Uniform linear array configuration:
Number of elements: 4
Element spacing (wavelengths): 0.5
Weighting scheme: exponential
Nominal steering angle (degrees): -15
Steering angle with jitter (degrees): -13.277
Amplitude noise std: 0.05
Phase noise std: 0.05

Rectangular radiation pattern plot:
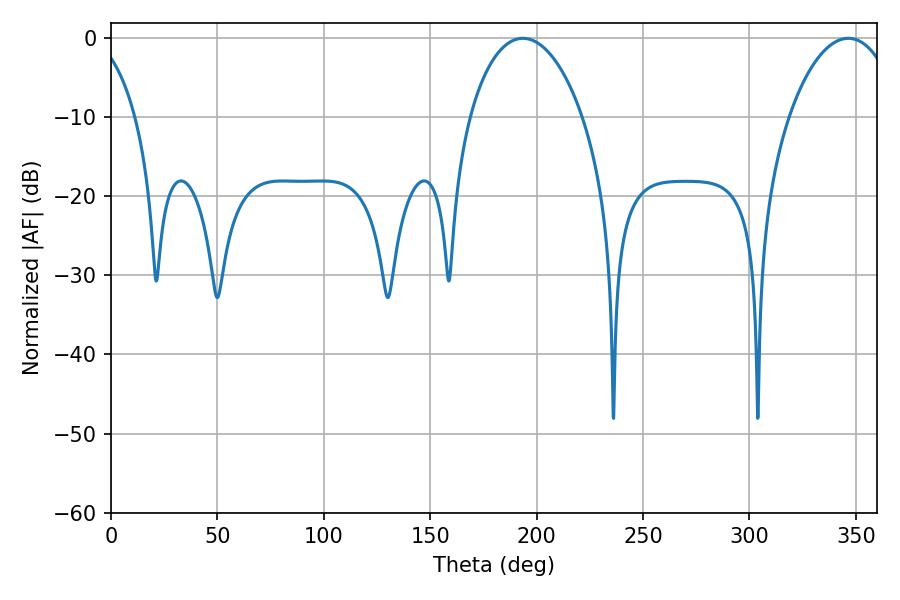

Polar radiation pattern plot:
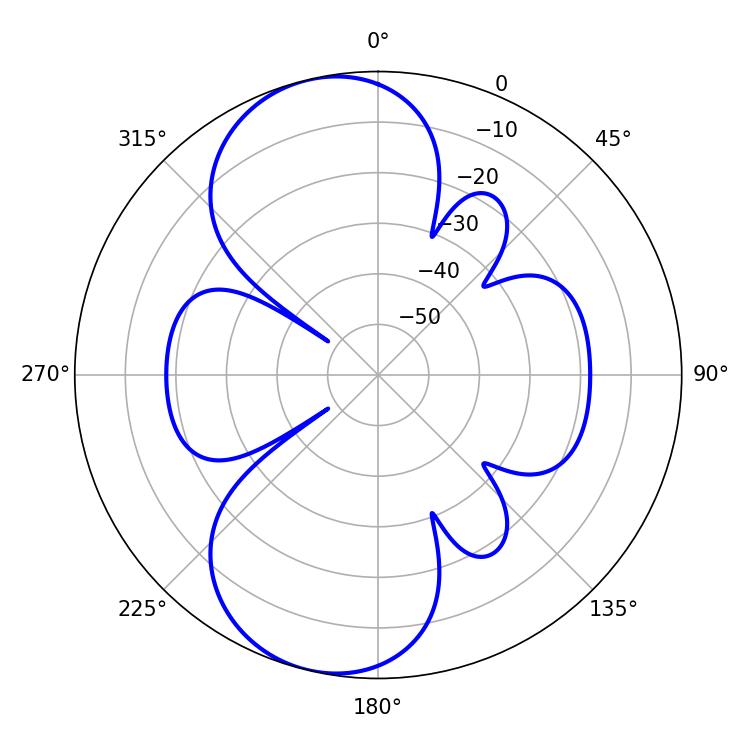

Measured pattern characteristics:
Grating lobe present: FALSE
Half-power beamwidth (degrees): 30.24
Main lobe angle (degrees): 193.5